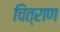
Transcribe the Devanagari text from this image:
चित्राण